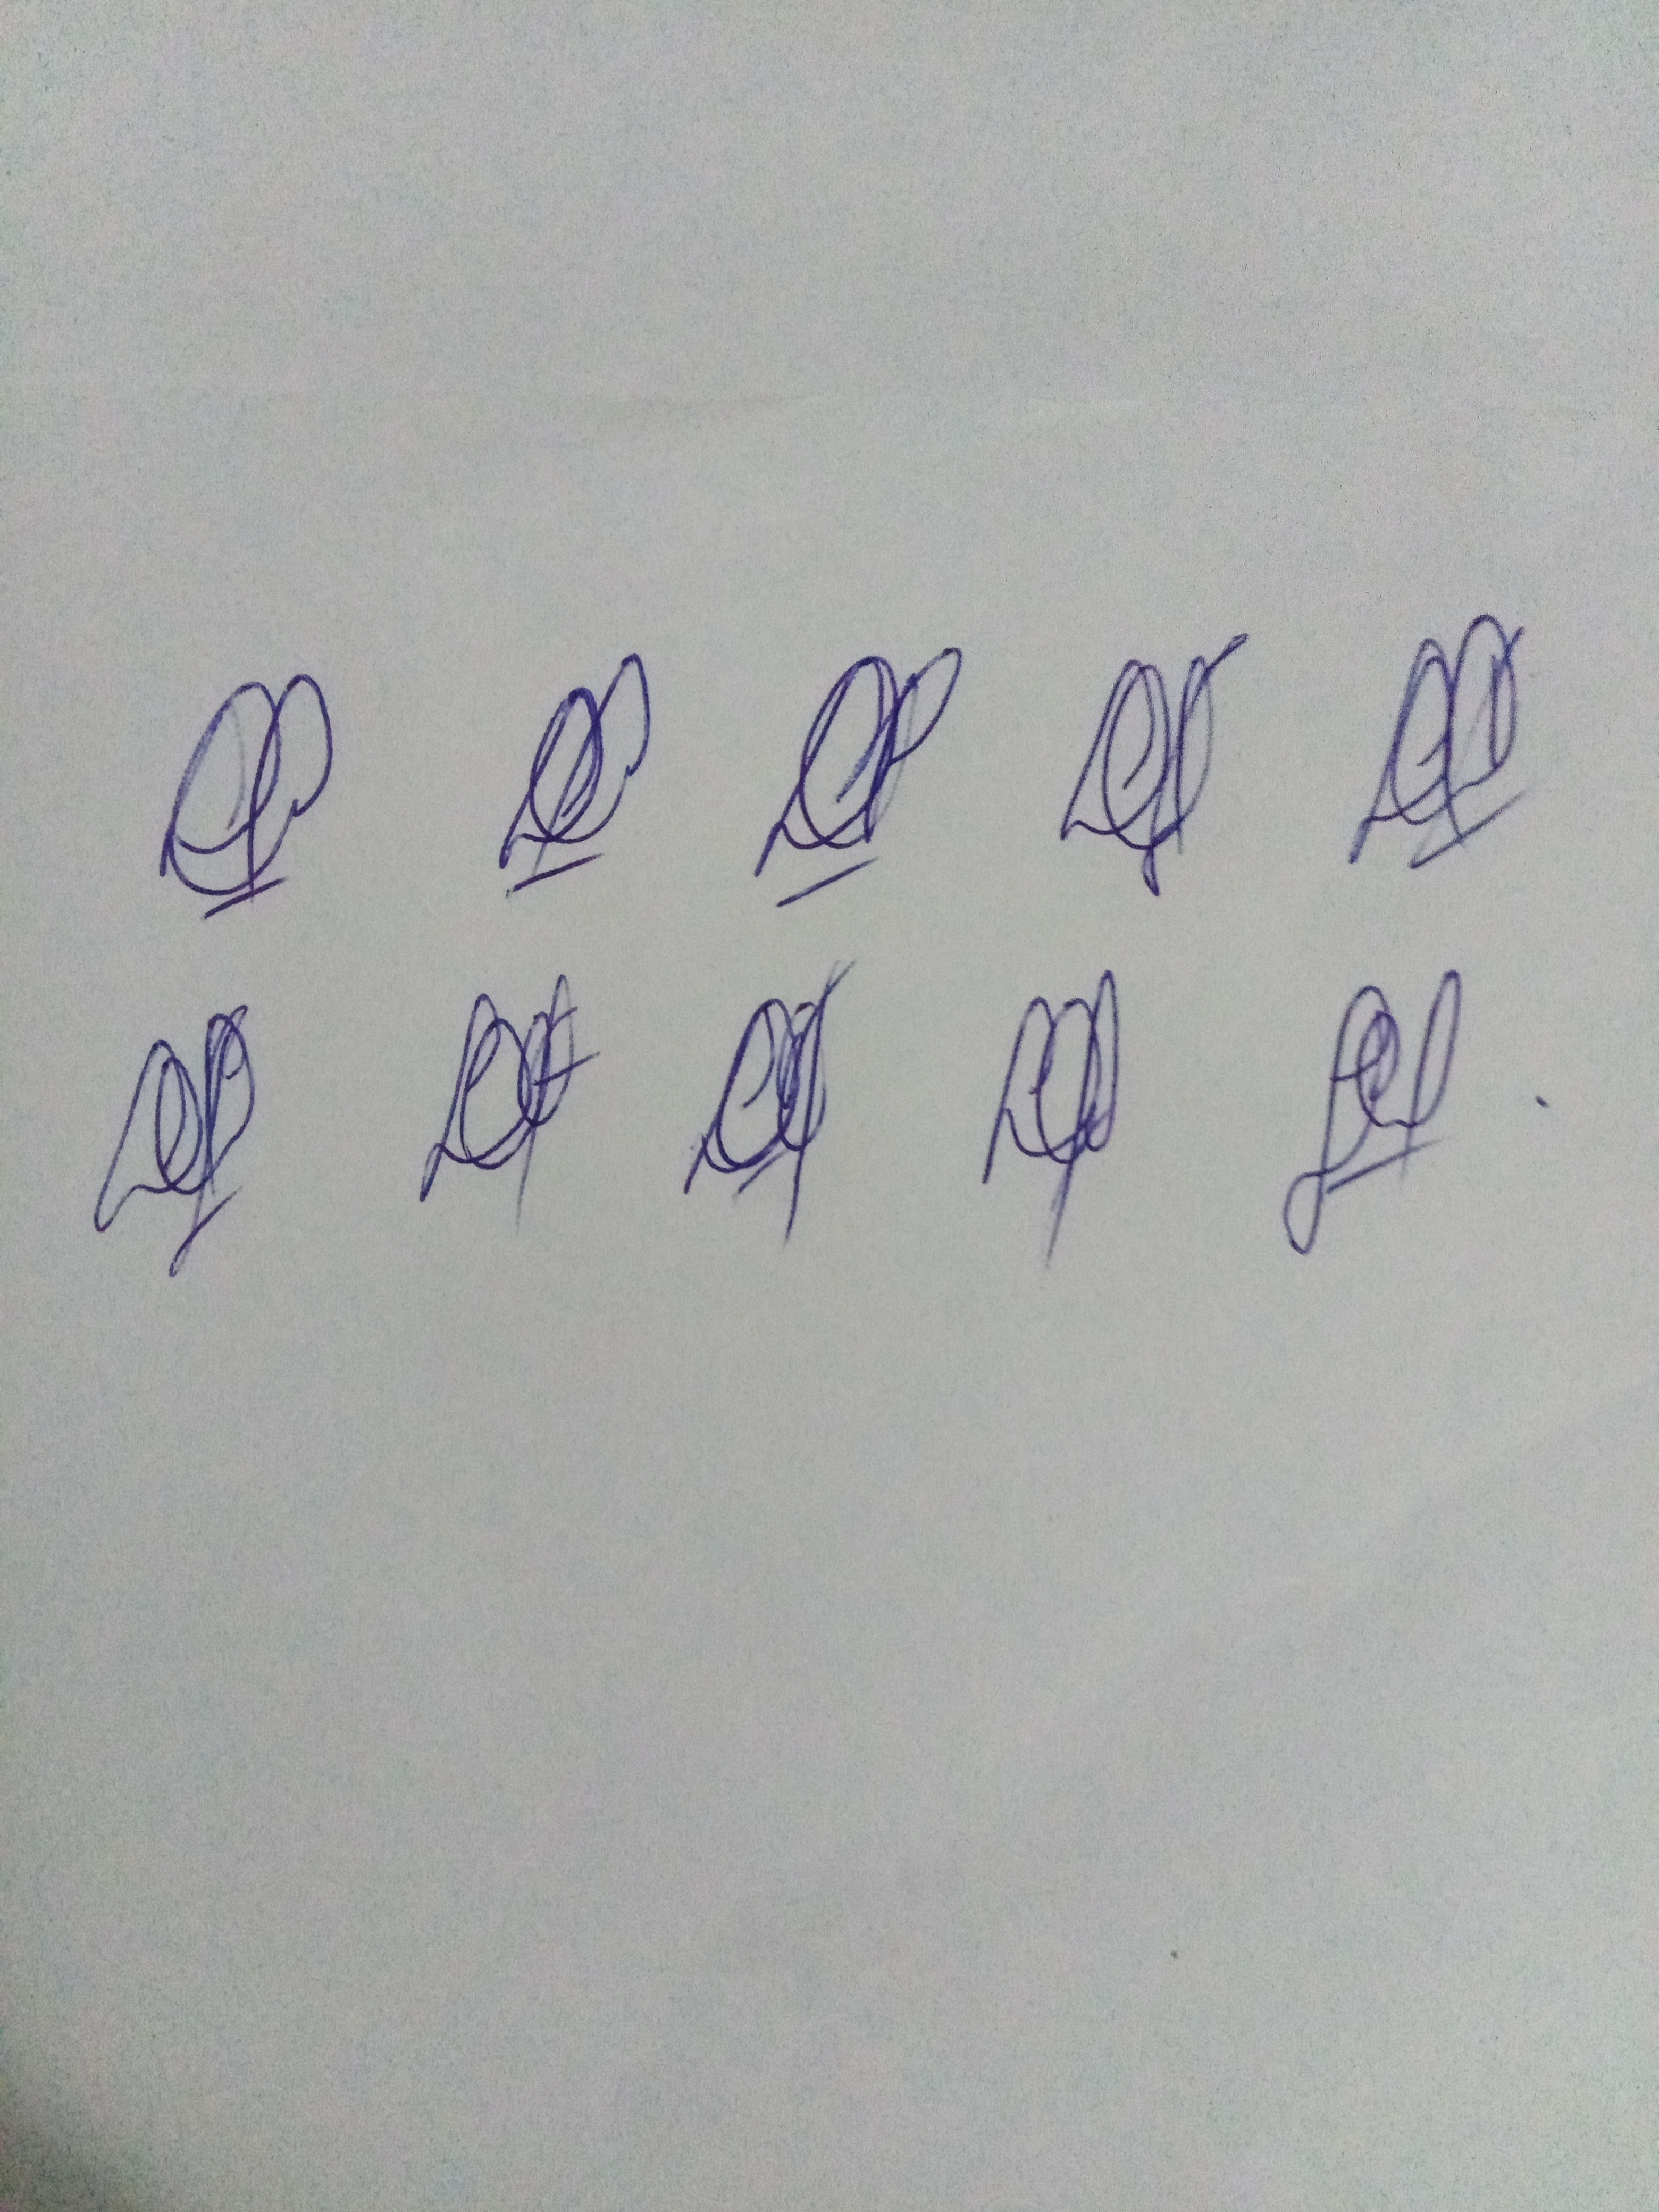
Signature authenticity: genuine